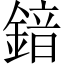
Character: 𮢣